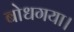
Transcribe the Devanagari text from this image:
बोधगया।